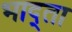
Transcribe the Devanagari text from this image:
भाद्ता